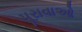
પૂરાવાઓ